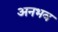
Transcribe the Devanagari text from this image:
अनभव